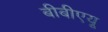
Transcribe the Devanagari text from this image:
बीबीएयू